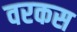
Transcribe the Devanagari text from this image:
वरकस